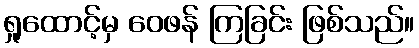
ရှုထောင့်မှ ဝေဖန် ကြခြင်း ဖြစ်သည်။